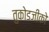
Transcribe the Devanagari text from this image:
तुकोडजीको